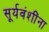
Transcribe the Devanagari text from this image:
सूर्यवंशींना